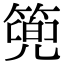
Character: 篼